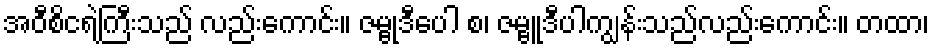
အဝီစိငရဲကြီးသည် လည်းကောင်း။ ဇမ္ဗုဒီပေါ စ၊ ဇမ္ဗူဒီပါကျွန်းသည်လည်းကောင်း။ တထာ၊